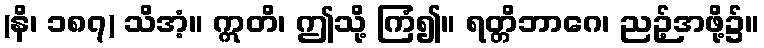
(နိ၊ ၁၈၇) သိအံ့။ ဣတိ၊ ဤသို့ ကြံ၍။ ရတ္တိဘာဂေ၊ ညဉ့်အဖို့၌။